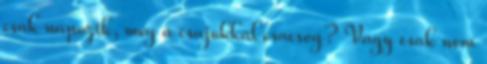
csak napozik, meg a csajokkal csacsog? Vagy csak nem